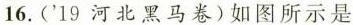
16.('19河北黑马卷)如图所示是